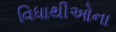
વિધાથીઓના